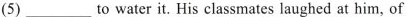
(5) ___ to water it. His classmates laughed at him, of